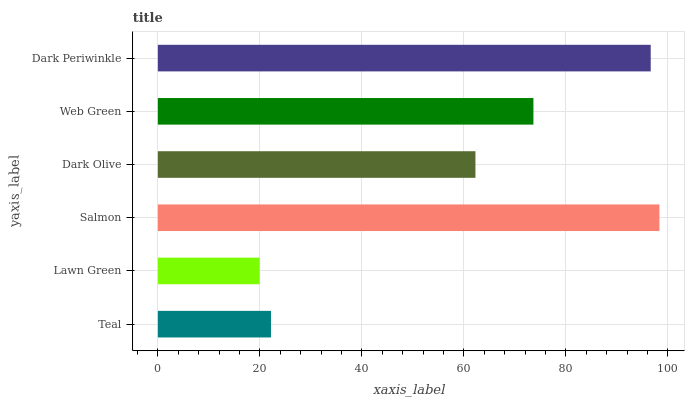
| yaxis_label | bars |
 | --- | --- |
 | Teal | 22.2 |
 | Lawn Green | 20 |
 | Salmon | 98.3 |
 | Dark Olive | 62.3 |
 | Web Green | 73.6 |
 | Dark Periwinkle | 96.6 |